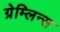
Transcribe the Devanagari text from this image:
ग्रेम्लिन्स